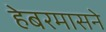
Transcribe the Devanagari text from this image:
हेबरमासने